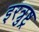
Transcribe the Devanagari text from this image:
इरत्रुष्ट्र